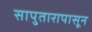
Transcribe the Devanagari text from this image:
सापुतारापासून